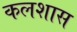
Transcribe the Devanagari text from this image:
कलशास